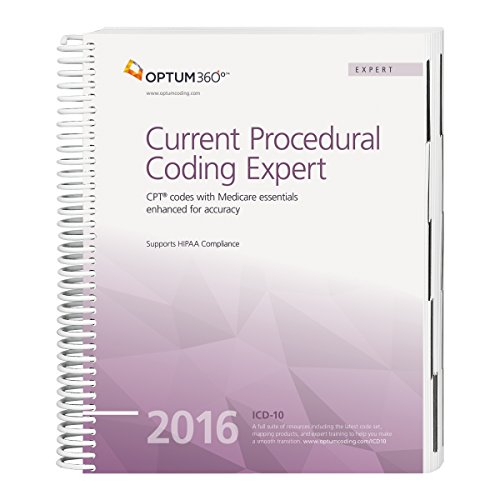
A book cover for Current Procedural Coding Expert - 2016 (Spiral) (CPT EXPERT (SPIRAL)); Optum360; Medical Books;